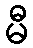
မီ